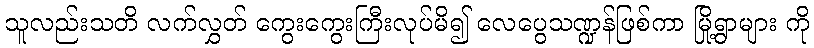
သူလည်းသတိ လက်လွှတ် ကွေးကွေးကြီးလုပ်မိ၍ လေပွေသဏ္ဍန်ဖြစ်ကာ မြို့ရွာများ ကို